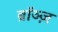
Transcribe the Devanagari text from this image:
ब्रॉञ्ज़